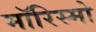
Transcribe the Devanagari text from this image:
मॉरिस्मो